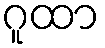
ဂူထာ